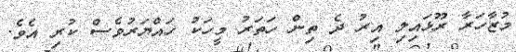
މުޒާހަރާ ރޫޅައިލި އިރު ދެ ތިން ހަތަރު މީހަކު ހައްޔަރުވެސް ކުރި އެވެ.